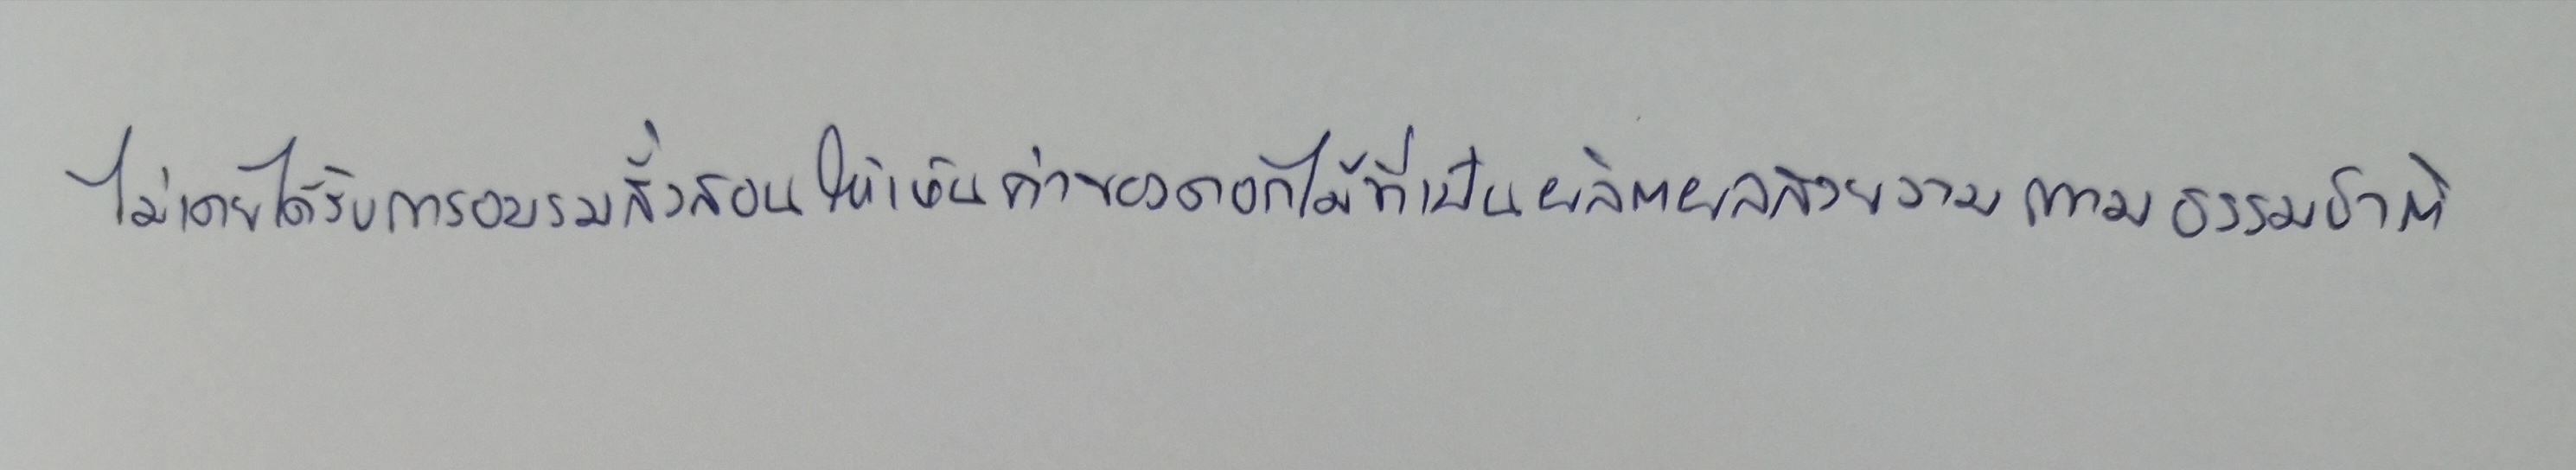
ไม่เคยได้รับการอบรมสั่งสอนให้เห็นค่าของดอกไม้ที่เป็นผลิตผลสวยงามตามธรรมชาติ